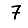
Digit: 7